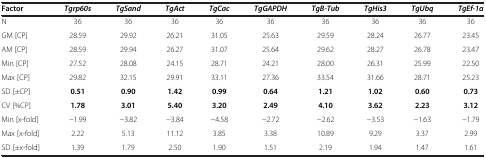
<table><thead><tr><td><b>Factor</b></td><td><b><i>Tgrp60s</i></b></td><td><b><i>TgSand</i></b></td><td><b><i>TgAct</i></b></td><td><b><i>TgCac</i></b></td><td><b><i>TgGAPDH</i></b></td><td><b><i>TgΒ-Tub</i></b></td><td><b><i>TgHis3</i></b></td><td><b><i>TgUbq</i></b></td><td><b><i>TgEf-1α</i></b></td></tr></thead><tbody><tr><td>N</td><td>36</td><td>36</td><td>36</td><td>36</td><td>36</td><td>36</td><td>36</td><td>36</td><td>36</td></tr><tr><td>GM [CP]</td><td>28.59</td><td>29.92</td><td>26.21</td><td>31.05</td><td>25.63</td><td>29.59</td><td>28.24</td><td>26.77</td><td>23.45</td></tr><tr><td>AM [CP]</td><td>28.59</td><td>29.94</td><td>26.27</td><td>31.07</td><td>25.64</td><td>29.62</td><td>28.27</td><td>26.78</td><td>23.47</td></tr><tr><td>Min [CP]</td><td>27.52</td><td>28.08</td><td>24.15</td><td>28.71</td><td>24.21</td><td>28.00</td><td>26.31</td><td>25.99</td><td>22.50</td></tr><tr><td>Max [CP]</td><td>29.82</td><td>32.15</td><td>29.91</td><td>33.11</td><td>27.36</td><td>33.54</td><td>31.66</td><td>28.71</td><td>25.23</td></tr><tr><td>SD [±CP]</td><td><b>0.51</b></td><td><b>0.90</b></td><td><b>1.42</b></td><td><b>0.99</b></td><td><b>0.64</b></td><td><b>1.21</b></td><td><b>1.02</b></td><td><b>0.60</b></td><td><b>0.73</b></td></tr><tr><td>CV [%CP]</td><td><b>1.78</b></td><td><b>3.01</b></td><td><b>5.40</b></td><td><b>3.20</b></td><td><b>2.49</b></td><td><b>4.10</b></td><td><b>3.62</b></td><td><b>2.23</b></td><td><b>3.12</b></td></tr><tr><td>Min [x-fold]</td><td>-1.99</td><td>-3.82</td><td>-3.84</td><td>-4.58</td><td>-2.72</td><td>-2.62</td><td>-3.53</td><td>-1.63</td><td>-1.79</td></tr><tr><td>Max [x-fold]</td><td>2.22</td><td>5.13</td><td>11.12</td><td>3.85</td><td>3.38</td><td>10.89</td><td>9.29</td><td>3.37</td><td>2.99</td></tr><tr><td>SD [±x-fold]</td><td>1.39</td><td>1.79</td><td>2.50</td><td>1.90</td><td>1.51</td><td>2.19</td><td>1.94</td><td>1.47</td><td>1.61</td></tr></tbody></table>